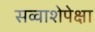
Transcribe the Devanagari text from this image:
सव्‍वाशेपेक्षा